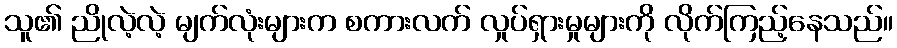
သူ၏ ညိုလဲ့လဲ့ မျက်လုံးများက စကားလက် လှုပ်ရှားမှုများကို လိုက်ကြည့်နေသည်။